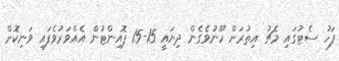
ފަހު ސެޓުގައި މެޗު އިތުރަށް ހޫނުވެގެން ދިޔައީ 15-15 ޕޮއިންޓުން އެއްވަރުވެފައި ވަނިކޮށް